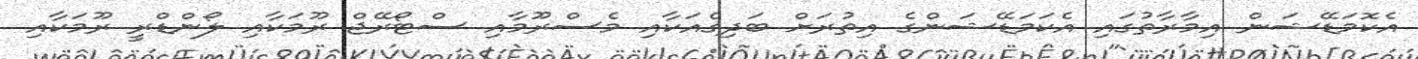
އެކޮމަޑޭޝަން އިމާރާތުގައި އެކަމަޑޭޝަންގެ އިތުރަށް ބަދިގެއަކާއި މެސްރޫމާއި ސްޓޯރޭޖް ރޫމަކާއި ލޯންޑްރީ ރޫމަކާއި